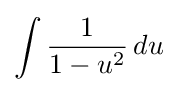
\int {\frac {1}{1-u^{2}}}\,du